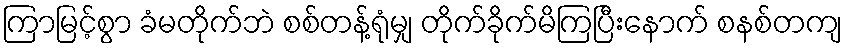
ကြာမြင့်စွာ ခံမတိုက်ဘဲ စစ်တန့်ရုံမျှ တိုက်ခိုက်မိကြပြီးနောက် စနစ်တကျ